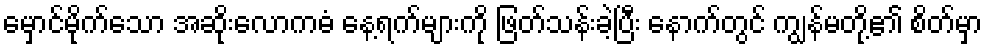
မှောင်မိုက်သော အဆိုးလောကဓံ နေ့ရက်များကို ဖြတ်သန်းခဲ့ပြီး နောက်တွင် ကျွန်မတို့၏ စိတ်မှာ